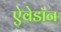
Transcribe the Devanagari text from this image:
ऐवेडॉन